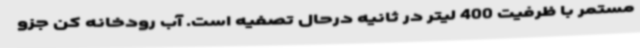
مستمر با ظرفیت 400 لیتر در ثانیه درحال تصفیه است. آب رودخانه کن جزو